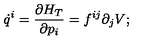
\dot { q } ^ { i } = \frac { \partial H _ { T } } { \partial p _ { i } } = f ^ { i j } \partial _ { j } V ;